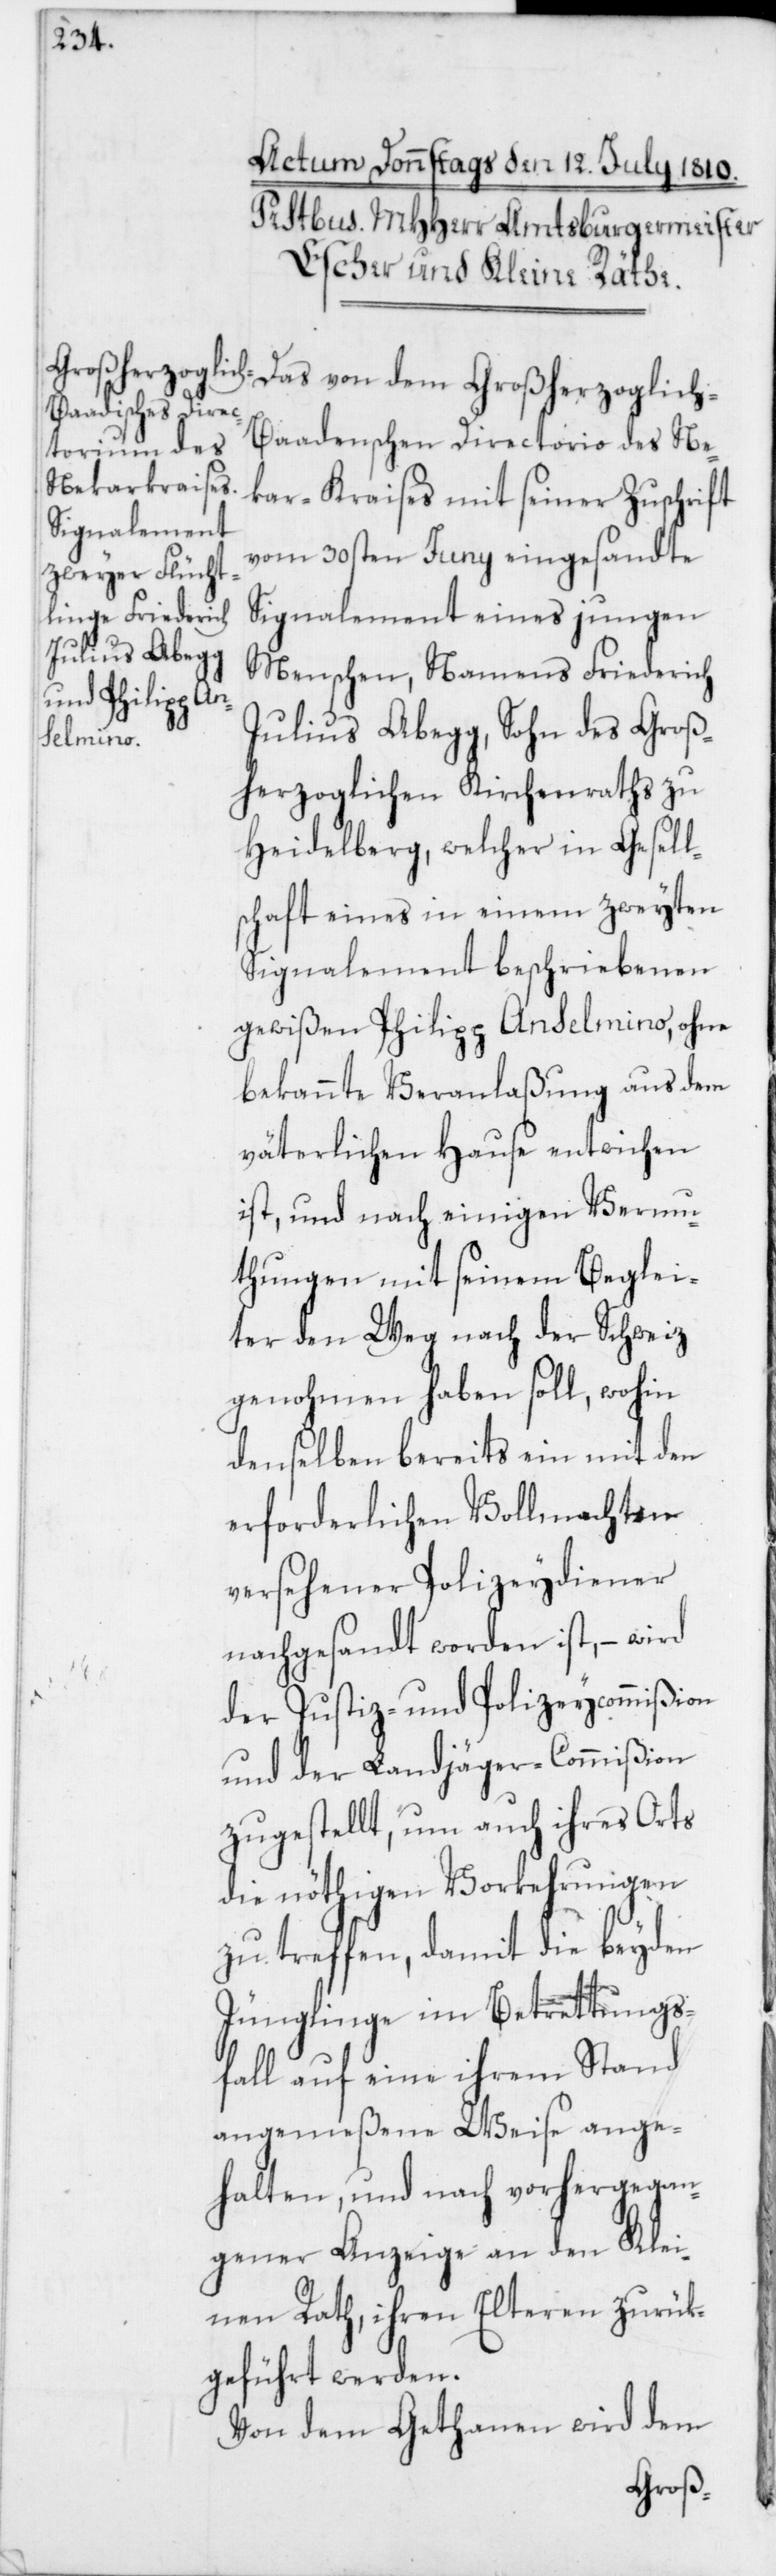
Das von dem Großherzoglich-B¬
aadenschen Directorio des Ne¬
kar-Kraises mit seiner Zuschrift
vom 30sten Juny eingesandte
Signalement eines jungen
Menschen, Namens Friederich
Julius Abegg, Sohn des Groß¬
herzoglichen Kirchenraths zu
Heidelberg, welcher in Gesell¬
schaft eines in einem zweyten
Signalement beschriebenen
gewißen Philipp Anselmino, ohne
bekannte Veranlaßung aus dem
väterlichen Hause entwichen
ist, und nach einigen Vermu¬
thungen mit seinem Beglei¬
ter den Weg nach der Schweiz
genohmen haben soll, wohin
denselben bereits ein mit den
erforderlichen Vollmachten
versehener Polizeydiener
nachgesandt worden ist, – wird
der Justiz- und Polizeycommißion
und der Landjäger-Commißion
zugestellt, um auch ihres Orts
die nöthigen Vorkehrungen
zu treffen, damit die beyden
Jünglinge im Betrettungs¬
fall auf eine ihrem Stand
angemeßene Weise ange¬
halten, und nach vorhergegan¬
gener Anzeige an den Klei¬
nen Rath, ihren Elteren zurük¬
geführt werden.
Von dem Gethanen wird dem